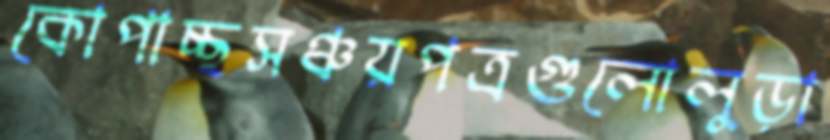
কোপাচ্ছসঞ্চয়পত্রগুলোলুড়া